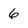
Character: 6